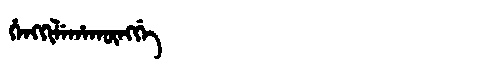
Manchu: ᡥᡝᠩᡴᡳᠯᡝᡥᠠᡴᡡᠩᡤᡝ
Romanization: HENGKILEHAKŪNGGE